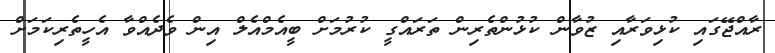
ރާއްޖޭގައި ކުޅިވަރާއި ޒުވާން ކުޅުންތެރިން ތަރައްގީ ކުރުމަށް ބީއެމްއެލް އިން ވެދެއްވާ އެހީތެރިކަމަށް